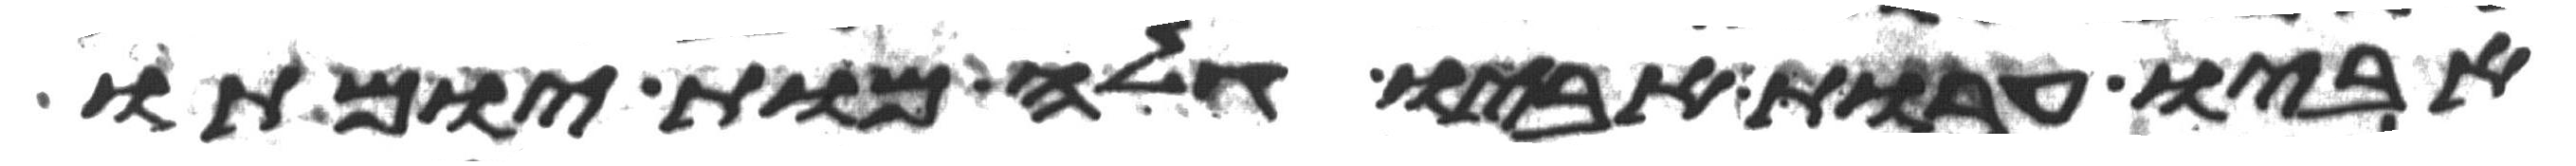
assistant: אביו ערות אביו גלה מות יומתו